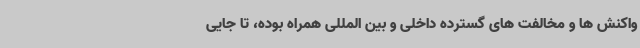
واکنش ها و مخالفت های گسترده داخلی و بین المللی همراه بوده، تا جایی